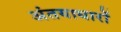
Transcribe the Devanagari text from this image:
अंतयाधारों